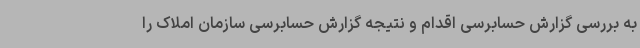
به بررسی گزارش حسابرسی اقدام و نتیجه گزارش حسابرسی سازمان املاک را